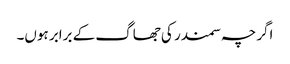
اگرچہ سمندر کی جھاگ کے برابر ہوں۔